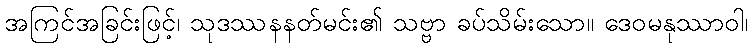
အကြင်အခြင်းဖြင့်၊ သုဒဿနနတ်မင်း၏ သဗ္ဗာ ခပ်သိမ်းသော။ ဒေဝမနုဿာဝါ၊